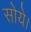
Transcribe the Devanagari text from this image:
सोये।